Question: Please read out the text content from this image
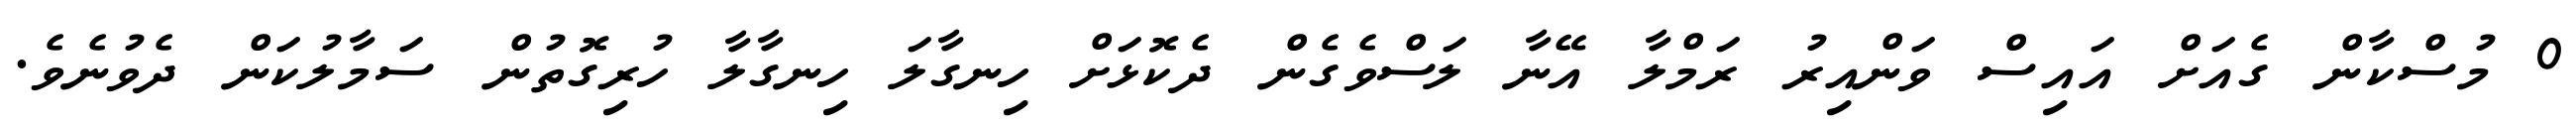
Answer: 0 މުސްކާން ގެއަށް އައިސް ވަންއިރު ރަމްލާ އޭނާ ލަސްވެގެން ދެކޮޅަށް ހިނގާލަ ހިނގާލާ ހުރިގޮތުން ސަމާލުކަން ދެވުނެވެ.